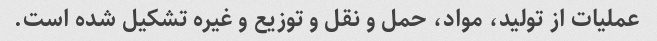
عملیات از تولید، مواد، حمل و نقل و توزیع و غیره تشکیل شده است.